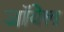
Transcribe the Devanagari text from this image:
जॉयेल